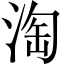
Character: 淘